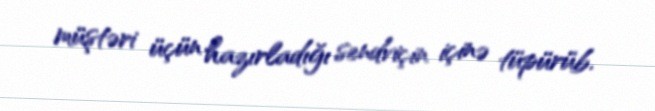
müştəri üçün hazırladığı sendviçin içinə tüpürüb.